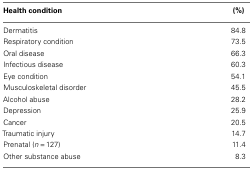
| Health condition | (%) |
 | --- | --- |
 | Dermatitis | 84.8 |
 | Respiratory condition | 73.5 |
 | Oral disease | 66.3 |
 | Infectious disease | 60.3 |
 | Eye condition | 54.1 |
 | Musculoskeletal disorder | 45.5 |
 | Alcohol abuse | 28.2 |
 | Depression | 25.9 |
 | Cancer | 20.5 |
 | Traumatic injury | 14.7 |
 | Prenatal (n = 127) | 11.4 |
 | Other substance abuse | 8.3 |